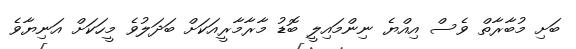
ބަށި މުބާރާތް ވެސް އިއްޔެ ނިންމައިލީ ބޮޑު މާރާމާރީއަކަށް ބަދަލުވެ މީހަކަށް އަނިޔާވެ